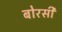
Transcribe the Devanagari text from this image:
बोरसी